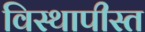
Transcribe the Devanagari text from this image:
विस्थापीस्त